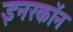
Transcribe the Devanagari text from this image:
इनरकॉन